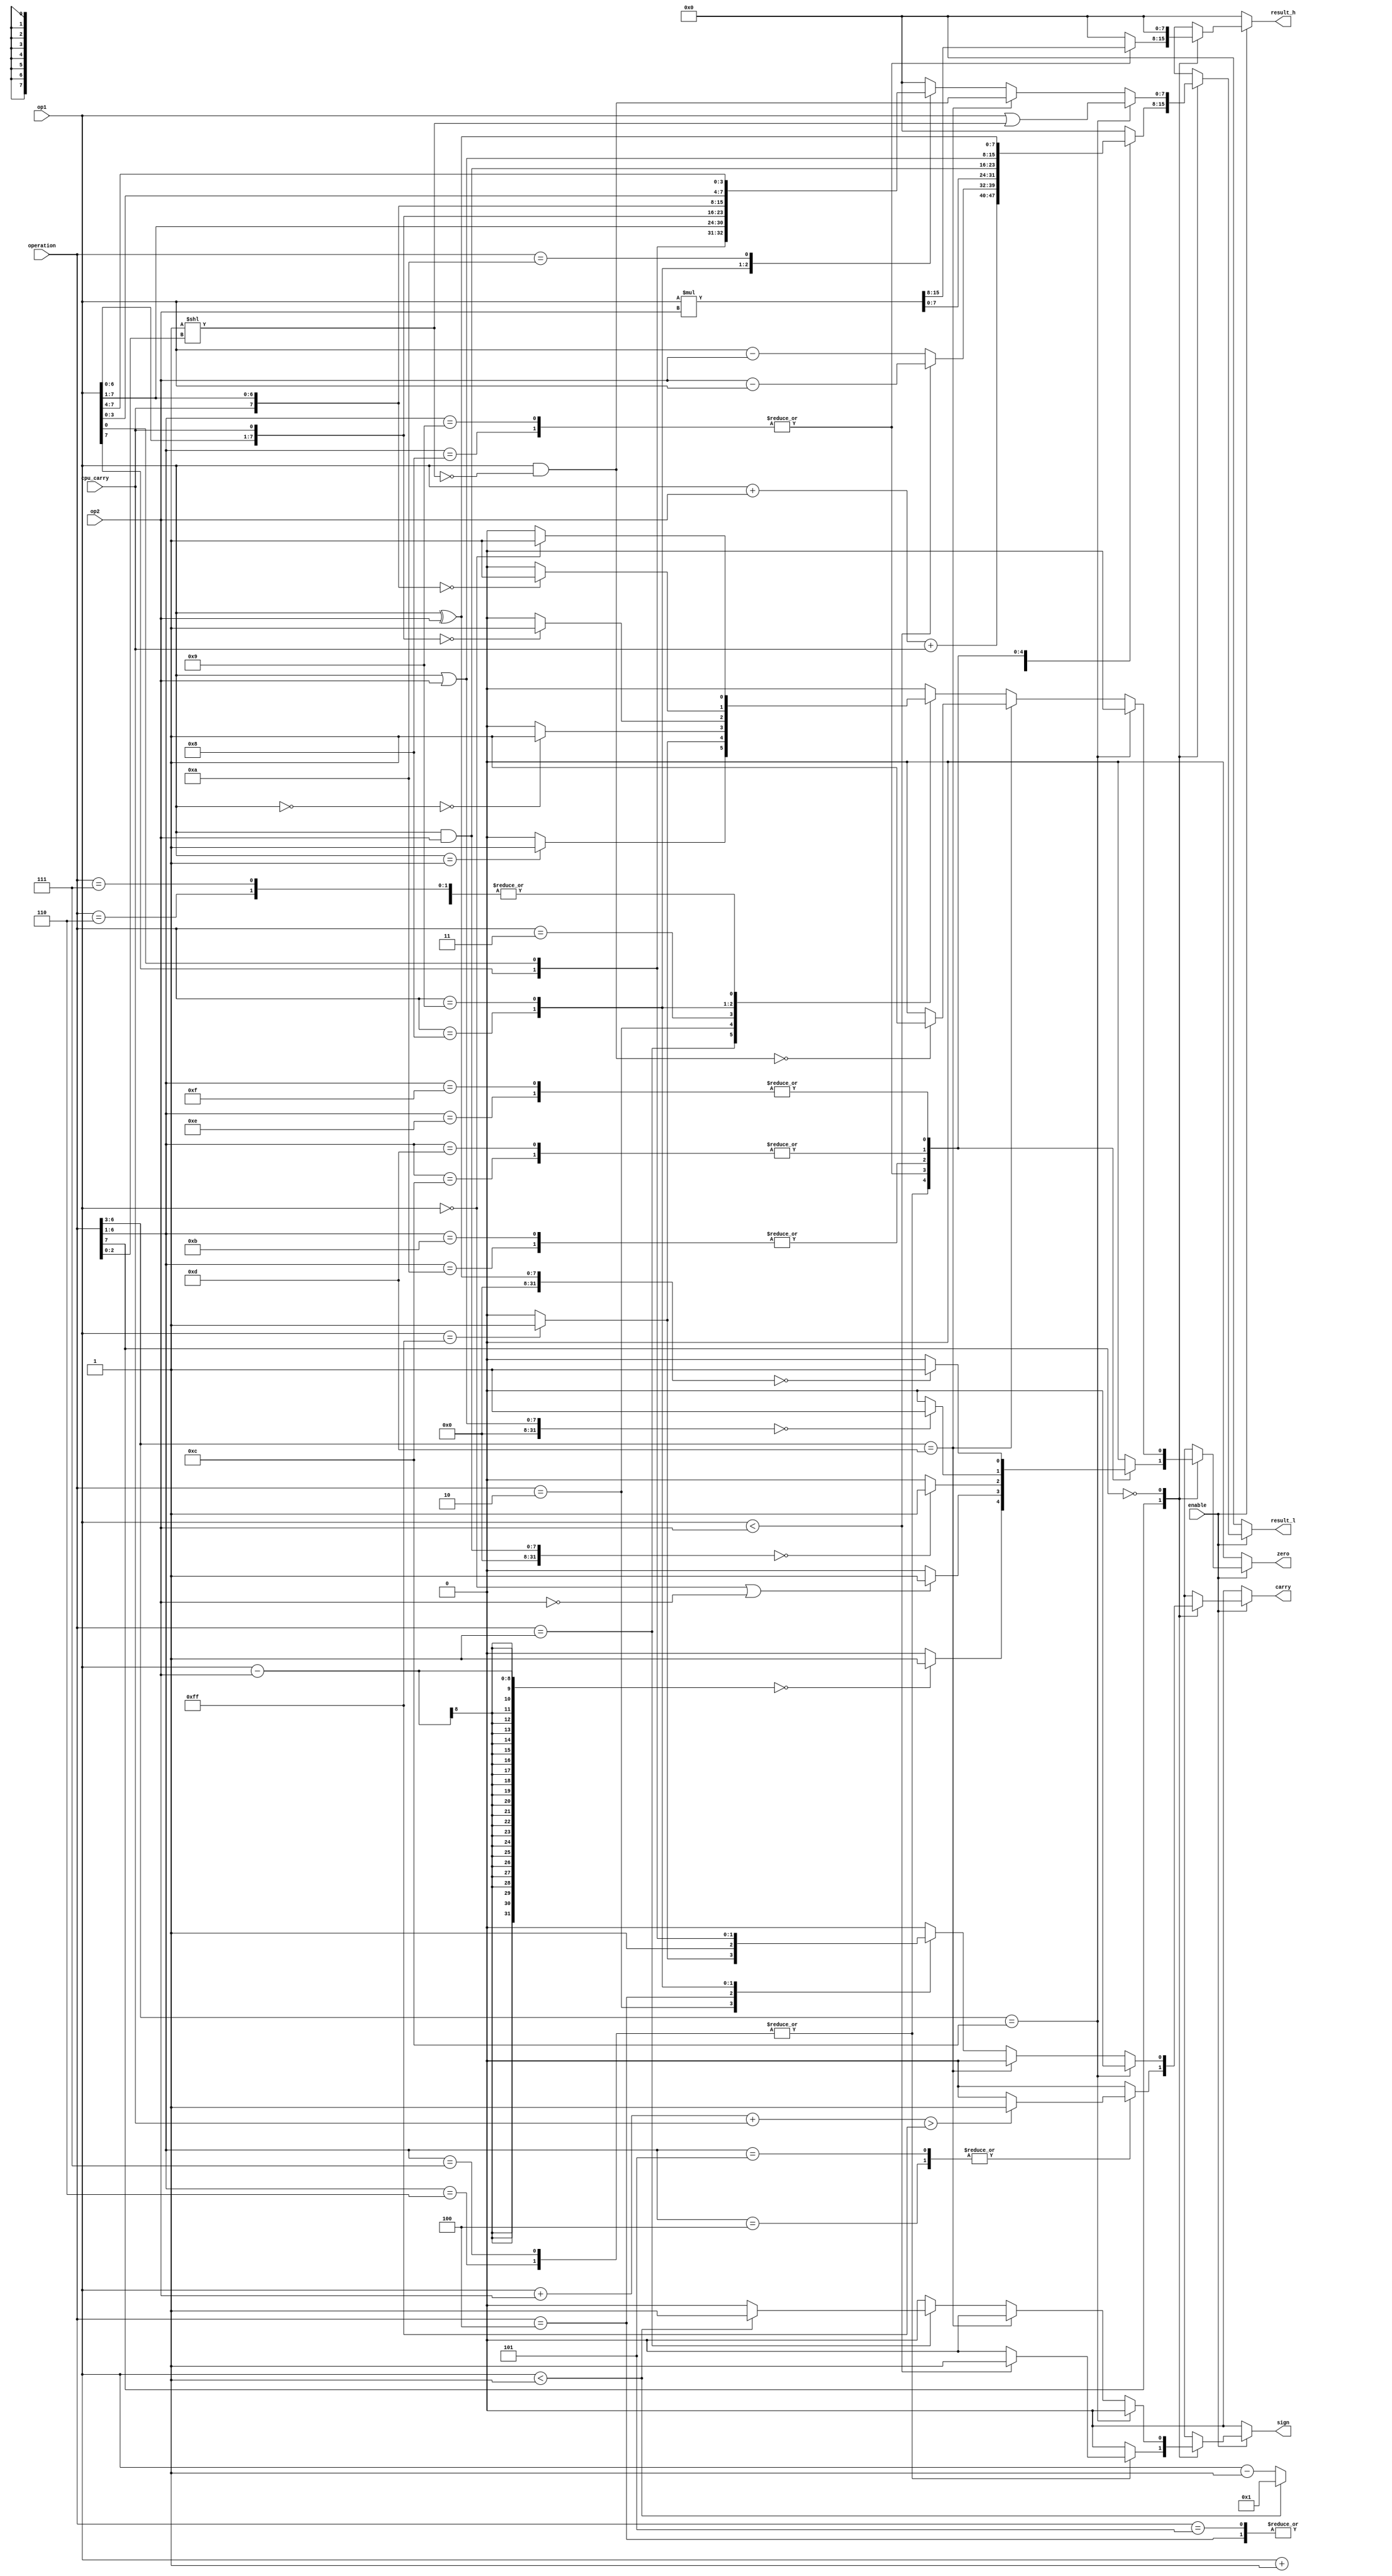
`default_nettype none

module alu (
    input wire enable,
    input wire [7:0] operation,
    input wire [7:0] op1,
    input wire [7:0] op2,
	input wire cpu_carry,
    output wire [7:0] result_l,
    output wire [7:0] result_h,
    output wire carry,
    output wire zero,
    output wire sign
);
	reg [7:0] res_h;
	reg [7:0] res_l;
	reg ca;
	reg ze;
	reg si;

	assign carry = ca;
	assign zero = ze;
	assign sign = si;

	assign result_l = res_l;
	assign result_h = res_h;

	always @(*) begin
		if (enable) begin
			res_l = 8'h00; // default value
			res_h = 8'h00; // default value
			ca = 0;
			ze = 0;
			si = 0;

			case (operation[7])
				1'b1: begin // Operations with 2 operands
					case (operation[6:1])
						6'b00_0100: begin // Add L2W
							if ((op1 + op2 + { 7'b0000000, cpu_carry }) > 255) ca = 1;
							res_l = (op1 + op2 + { 7'b0000000, cpu_carry });
						end
						6'b00_0101: begin // Add M2W
							if ((op1 + op2 + { 7'b0000000, cpu_carry }) > 255) ca = 1;
							res_l = (op1 + op2 + { 7'b0000000, cpu_carry });
						end
						6'b00_0110: begin // Sub L2W
							if ((op1 - op2) == 0) ze = 1;
							if (op1 < op2) begin
								si = 1;
								res_l = (op2 - op1);
							end else begin
								res_l = (op1 - op2);
							end
						end
						6'b00_0111: begin // Sub M2W
							if ((op1 - op2) == 0) ze = 1;
							if (op1 < op2) begin
								si = 1;
								res_l = (op2 - op1);
							end else begin
								res_l = (op1 - op2);
							end
						end
						6'b00_1000: begin // Mul LW
							if ((op1 == 0) | (op2 == 0)) ze = 1;
							{ res_h, res_l } = (op1 * op2);
						end
						6'b00_1001: begin // Mul M2W
							if ((op1 == 0) | (op2 == 0)) ze = 1;
							{ res_h, res_l } = (op1 * op2);
						end
						6'b00_1010: begin // And L2W
							if ((op1 & op2) == 0) ze = 1;
							res_l = (op1 & op2);
						end
						6'b00_1011: begin // And M2W
							if ((op1 & op2) == 0) ze = 1;
							res_l = (op1 & op2);
						end
						6'b00_1100: begin // Or L2W
							if ((op1 | op2) == 0) ze = 1;
							res_l = (op1 | op2);
						end
						6'b00_1101: begin // Or M2W
							if ((op1 | op2) == 0) ze = 1;
							res_l = (op1 | op2);
						end
						6'b00_1110: begin // Xor L2W
							if ((op1 ^ op2) == 0) ze = 1;
							res_l = (op1 ^ op2);
						end
						6'b00_1111: begin // Xor M2W
							if ((op1 ^ op2) == 0) ze = 1;
							res_l = (op1 ^ op2);
						end
						default: begin
							res_l = 8'h00; // default value
							res_h = 8'h00; // default value
							ca = 0;
							ze = 0;
							si = 0;
						end
					endcase
				end

				1'b0: begin // Single operand operations
					if (operation[6:3] == 4'b1100) begin // SetbW N
						res_l = op1 | (8'b00000001 << operation[2:0]);
					end else if (operation[6:3] == 4'b1101) begin  // ClrbW N
						if ((op1 & ~(8'b00000001 << operation[2:0])) == 8'b0000_0000) ze = 1;
						res_l = op1 & ~(8'b00000001 << operation[2:0]);
					end else begin
						case (operation)
							8'b0000_0001: begin // DEC
								if (op1 == 8'h01) ze = 1;
								if (op1 < 8'h01) begin
									si = 1;
									res_l = 8'h01;
								end else begin
									res_l = (op1 - 1'b1);
								end
							end
							8'b0000_0010: begin // INC
								if (op1 == 8'hFF) begin
									ca = 1;
									ze = 1;
								end
								res_l = (op1 + 1'b1);
							end
							8'b0000_0011: begin // Not
								if ((~op1) == 8'h00) ze = 1;
								res_l = ~op1;
							end
							8'b0000_0100: begin // SetC
								ca = 1;
								res_l = op1;
							end
							8'b0000_0101: begin // ClrC
								ca = 0;
								res_l = op1;
							end
							8'b0000_0110: begin // RL in loop
								if (op1 == 0) ze = 1;
								res_l = { op1[6:0], op1[7] };
							end
							8'b0000_0111: begin // RR
								if (op1 == 0) ze = 1;
								res_l = { op1[0], op1[7:1] };
							end
							8'b0000_1000: begin // RLC
								if ({ op1[6:0], cpu_carry } == 0) ze = 1;
								res_l = { op1[6:0], cpu_carry };
								ca = op1[7];
							end
							8'b0000_1001: begin // RRC
								if ({ cpu_carry, op1[7:1] } == 0) ze = 1;
								res_l = { cpu_carry, op1[7:1] };
								ca = op1[0];
							end
							8'b0000_1010: begin // Swap
								if (op1 == 0) ze = 1;
								res_l = { op1[3:0], op1[7:4] };
							end
							default: begin
								res_l = 8'h00; // default value
								res_h = 8'h00; // default value
								ca = 0;
								ze = 0;
								si = 0;
							end
						endcase
					end
				end
				default: begin
					res_l = 8'h00; // default value
					res_h = 8'h00; // default value
					ca = 0;
					ze = 0;
					si = 0;
				end
			endcase
		end else begin
			res_l = 8'h00; // default value
			res_h = 8'h00; // default value
			ca = 0;
			ze = 0;
			si = 0;
		end
	end

endmodule